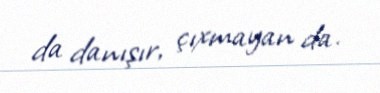
da danışır, çıxmayan da.